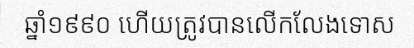
ឆ្នាំ១៩៩០ ហើយត្រូវបានលើកលែងទោស